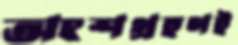
অংশগ্রহণই